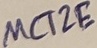
Text: MCT2E